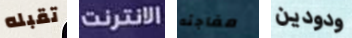
تقبله الانترنت مفاجئه ودودين